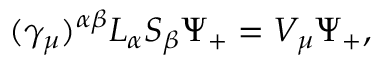
( \gamma _ { \mu } ) ^ { \alpha \beta } L _ { \alpha } S _ { \beta } \Psi _ { + } = V _ { \mu } \Psi _ { + } ,